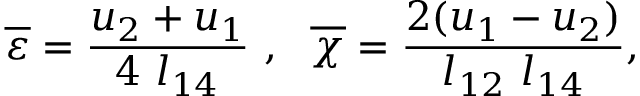
\overline { { \varepsilon } } = \frac { u _ { 2 } + u _ { 1 } } { 4 \ l _ { 1 4 } } \ , \ \ \overline { { \chi } } = \frac { 2 ( u _ { 1 } - u _ { 2 } ) } { l _ { 1 2 } \ l _ { 1 4 } } ,